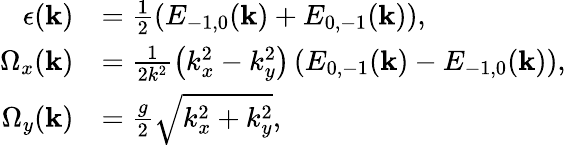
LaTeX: \begin{array}{rl}{\epsilon(\mathbf{k})}&{=\frac{1}{2}(E_{-1,0}(\mathbf{k})+E_{0,-1}(\mathbf{k})),}\\ {\Omega_{x}(\mathbf{k})}&{=\frac{1}{2k^{2}}\left(k_{x}^{2}-k_{y}^{2}\right)\left(E_{0,-1}(\mathbf{k})-E_{-1,0}(\mathbf{k})\right),}\\ {\Omega_{y}(\mathbf{k})}&{=\frac{g}{2}\sqrt{k_{x}^{2}+k_{y}^{2}}\textrm{,}}\end{array}